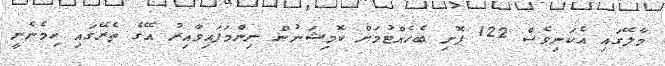
މާލޭގައި އެކަނިވެސް 122 ފޮށި ބެހެއްޓުމަށް ކޮމިޝަނުން ނިންމަފައިވާއިރު އޭގެ ތެރޭގައި ހިމެނެނީ